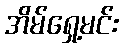
အိမ်ရှေ့မင်း